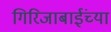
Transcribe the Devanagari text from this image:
गिरिजाबाईंच्या